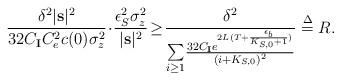
LaTeX: \begin{align*}\frac{\delta^2\lvert\textbf{s}\rvert^2}{32C_{\mathbf{I}}C_e^2c(0)\sigma_z^2} \!\cdot\! \frac{\epsilon_S^2\sigma_z^2}{\lvert\textbf{s}\rvert^2} \! \ge\! \frac{\delta^2}{\sum\limits_{i \ge 1}\! \frac{32C_{\mathbf{I}} e^{2L (T+\frac{\epsilon_{b}}{K_{S,0}+1})}}{(i+K_{S,0})^2}} \overset{\Delta}{=} R.\end{align*}